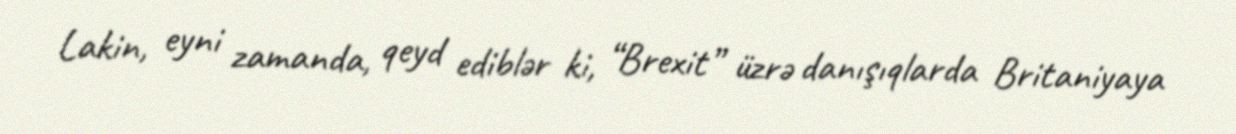
Lakin, eyni zamanda, qeyd ediblər ki, “Brexit” üzrə danışıqlarda Britaniyaya